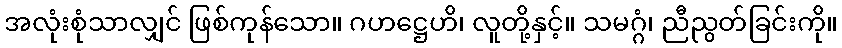
အလုံးစုံသာလျှင် ဖြစ်ကုန်သော။ ဂဟဋ္ဌေဟိ၊ လူတို့နှင့်။ သမဂ္ဂံ၊ ညီညွတ်ခြင်းကို။